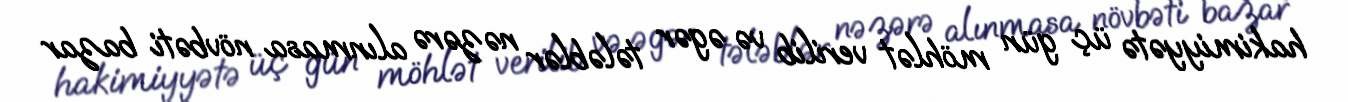
hakimiyyətə üç gün möhlət verilib və əgər tələblər nəzərə alınmasa növbəti bazar